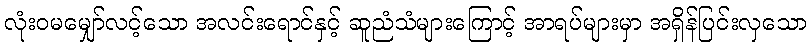
လုံးဝမမျှော်လင့်သော အလင်းရောင်နှင့် ဆူညံသံများကြောင့် အာရပ်များမှာ အရှိန်ပြင်းလှသော